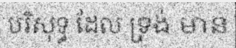
បរិសុទ្ធ ដែល ទ្រង់ មាន